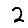
Digit: 2